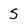
Character: S